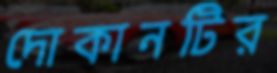
দোকানটির